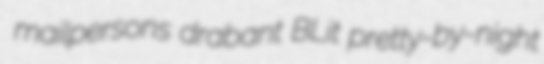
mailpersons drabant BLit pretty-by-night